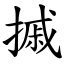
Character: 摵